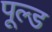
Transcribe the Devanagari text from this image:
पूल्ड